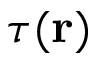
\tau ( \mathbf { r } )